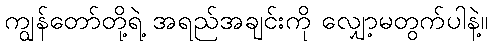
ကျွန်တော်တို့ရဲ့ အရည်အချင်းကို လျှော့မတွက်ပါနဲ့။